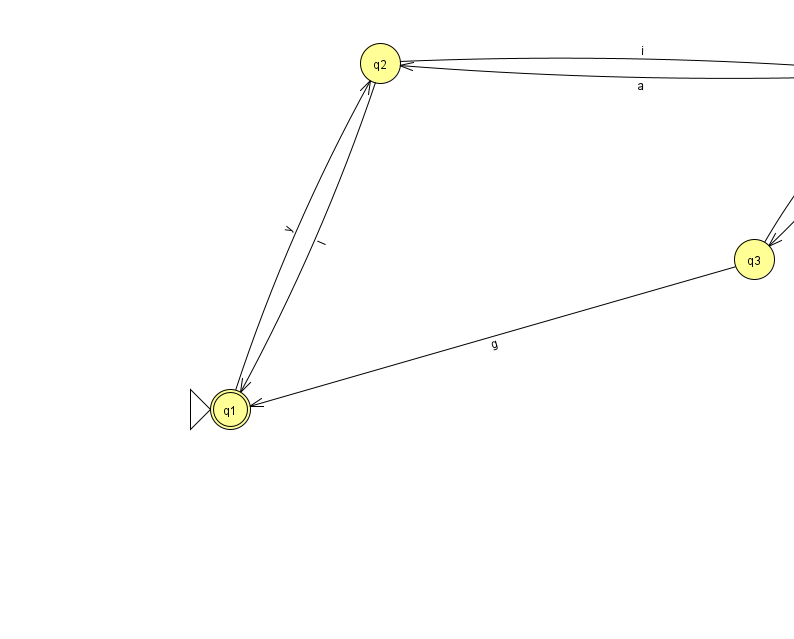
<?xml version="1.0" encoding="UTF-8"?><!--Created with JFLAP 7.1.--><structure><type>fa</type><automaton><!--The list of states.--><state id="0" name="q0"><x>904.0</x><y>60.0</y></state><state id="1" name="q1"><x>230.0</x><y>396.0</y><initial/><final/></state><state id="2" name="q2"><x>380.0</x><y>50.0</y></state><state id="3" name="q3"><x>754.0</x><y>246.0</y></state><!--The list of transitions.--><transition><from>0</from><to>0</to><read>p</read></transition><transition><from>0</from><to>3</to><read>t</read></transition><transition><from>3</from><to>1</to><read>g</read></transition><transition><from>0</from><to>2</to><read>a</read></transition><transition><from>3</from><to>0</to><read>l</read></transition><transition><from>1</from><to>2</to><read>y</read></transition><transition><from>2</from><to>1</to><read>I</read></transition><transition><from>2</from><to>0</to><read>i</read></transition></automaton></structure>